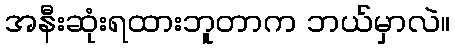
အနီးဆုံးရထားဘူတာက ဘယ်မှာလဲ။